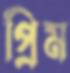
প্রিম